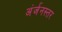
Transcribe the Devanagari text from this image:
अंर्जनस्तर